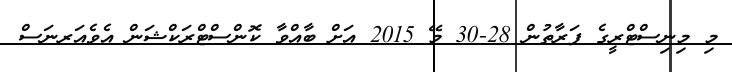
މި މިނިސްޓްރީގެ ފަރާތުން 28-30 މޭ 2015 އަށް ބާއްވާ ކޮންސްޓްރަކްޝަން އެވެއަރނަސް